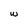
Character: w